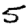
Digit: 5